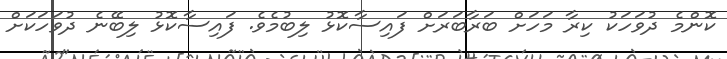
ކޮންމެ ދުވަހަކު ކިރާ މަހަށް ބަރާބަރަށް ފައިސާކޮޅު ލިބުމެވެ. ފައިސާކޮޅު ލިބޭނެ ދުވަހަކަށް